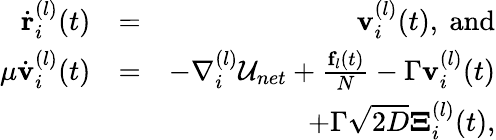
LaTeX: \begin{array}{rlr}{\dot{\mathbf r}_{i}^{(l)}(t)}&{=}&{{\mathbf v}_{i}^{(l)}(t),\mathrm{\ and}}\\ {{\mu}\dot{\mathbf v}_{i}^{(l)}(t)}&{=}&{-\nabla_{i}^{(l)}{\cal U}_{net}+\frac{{\mathbf f}_{l}(t)}{N}-\Gamma{\mathbf v}_{i}^{(l)}(t)}\\ &{}&{\, \, \, \, +\Gamma\sqrt{2D}{\mathbf\Xi}_{i}^{(l)}(t),}\end{array}